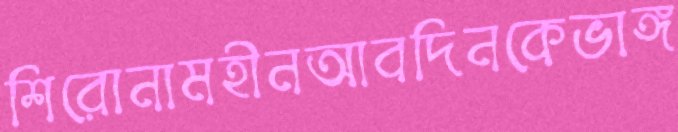
শিরোনামহীনআবদিনকেভাঙ্গ